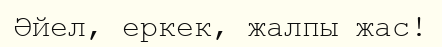
Әйел, еркек, жалпы жас!